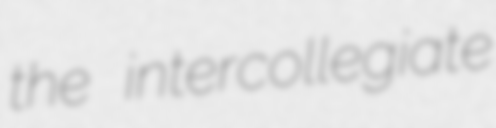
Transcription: the intercollegiate